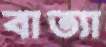
বাত্যা